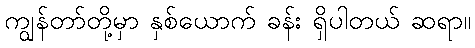
ကျွန်တာ်တို့မှာ နှစ်ယောက် ခန်း ရှိပါတယ် ဆရာ။